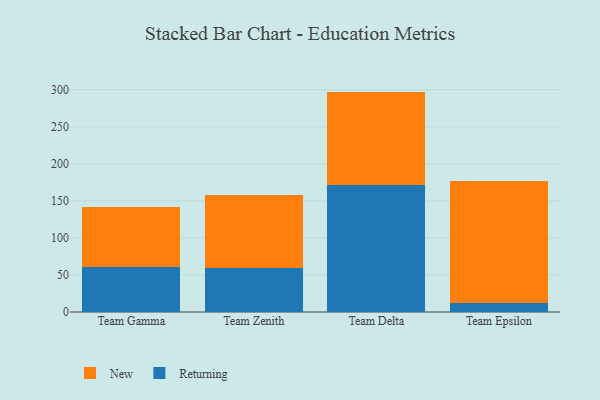
{"axis": {"x": "Team", "y": "Humidity (%)"}, "legend": ["New", "Returning"], "data": [{"x": "Team Gamma", "y": 60.2, "type": "Returning"}, {"x": "Team Gamma", "y": 81.0, "type": "New"}, {"x": "Team Zenith", "y": 58.8, "type": "Returning"}, {"x": "Team Zenith", "y": 98.5, "type": "New"}, {"x": "Team Delta", "y": 171.4, "type": "Returning"}, {"x": "Team Delta", "y": 126.1, "type": "New"}, {"x": "Team Epsilon", "y": 11.7, "type": "Returning"}, {"x": "Team Epsilon", "y": 165.1, "type": "New"}]}